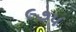
૯૭૫